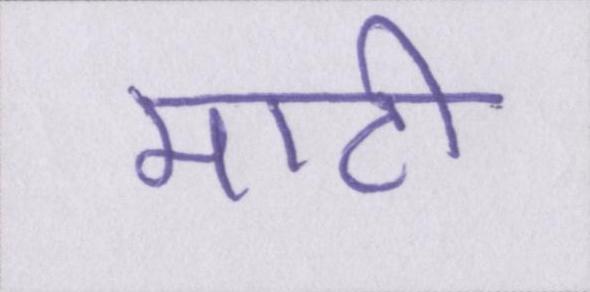
माटी